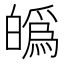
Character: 𤾡